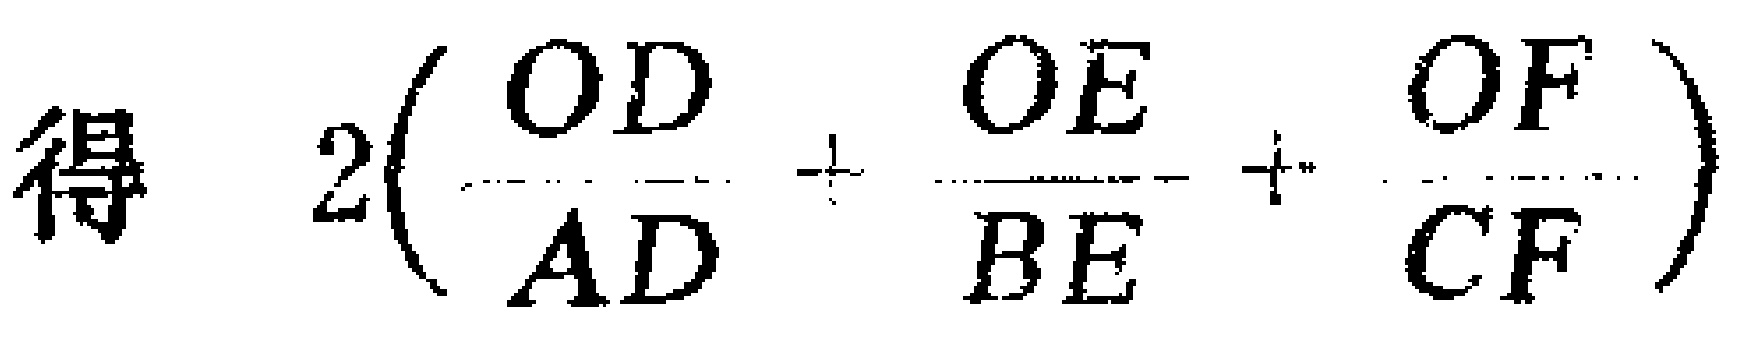
得 \(2\left(\frac{OD}{AD}+\frac{OE}{BE}+\frac{OF}{CF}\right)\)